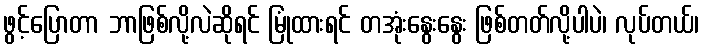
ဖွင့်ပြောတာ ဘာဖြစ်လို့လဲဆိုရင် မြုံထားရင် တအုံးနွေးနွေး ဖြစ်တတ်လို့ပါပဲ၊ လုပ်တယ်၊